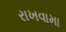
રાખવામા